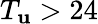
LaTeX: T_{\mathbf{u}}>24